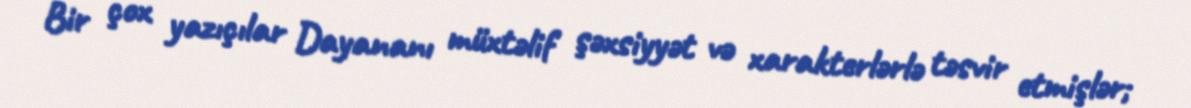
Bir çox yazıçılar Dayananı müxtəlif şəxsiyyət və xarakterlərlə təsvir etmişlər;